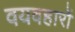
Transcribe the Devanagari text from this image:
वयवहारों